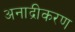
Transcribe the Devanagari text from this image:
अनाद्रीकरण